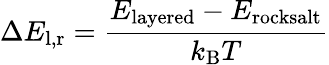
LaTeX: \Delta E_{\mathrm{l,r}}=\frac{E_{\mathrm{layered}}-E_{\mathrm{rocksalt}}}{k_{\mathrm{B}}T}